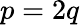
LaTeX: p=2q